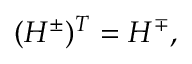
\begin{array} { r } { ( H ^ { \pm } ) ^ { T } = H ^ { \mp } , } \end{array}